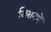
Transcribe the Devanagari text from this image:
जिसनमें